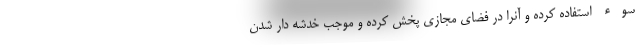
سوء استفاده کرده و آنرا در فضای مجازی پخش کرده و موجب خدشه دار شدن